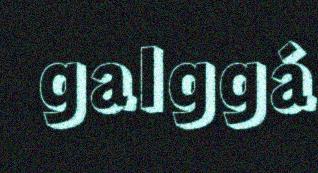
galggá